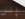
إلى